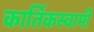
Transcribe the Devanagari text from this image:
कार्तिकस्‍वामी